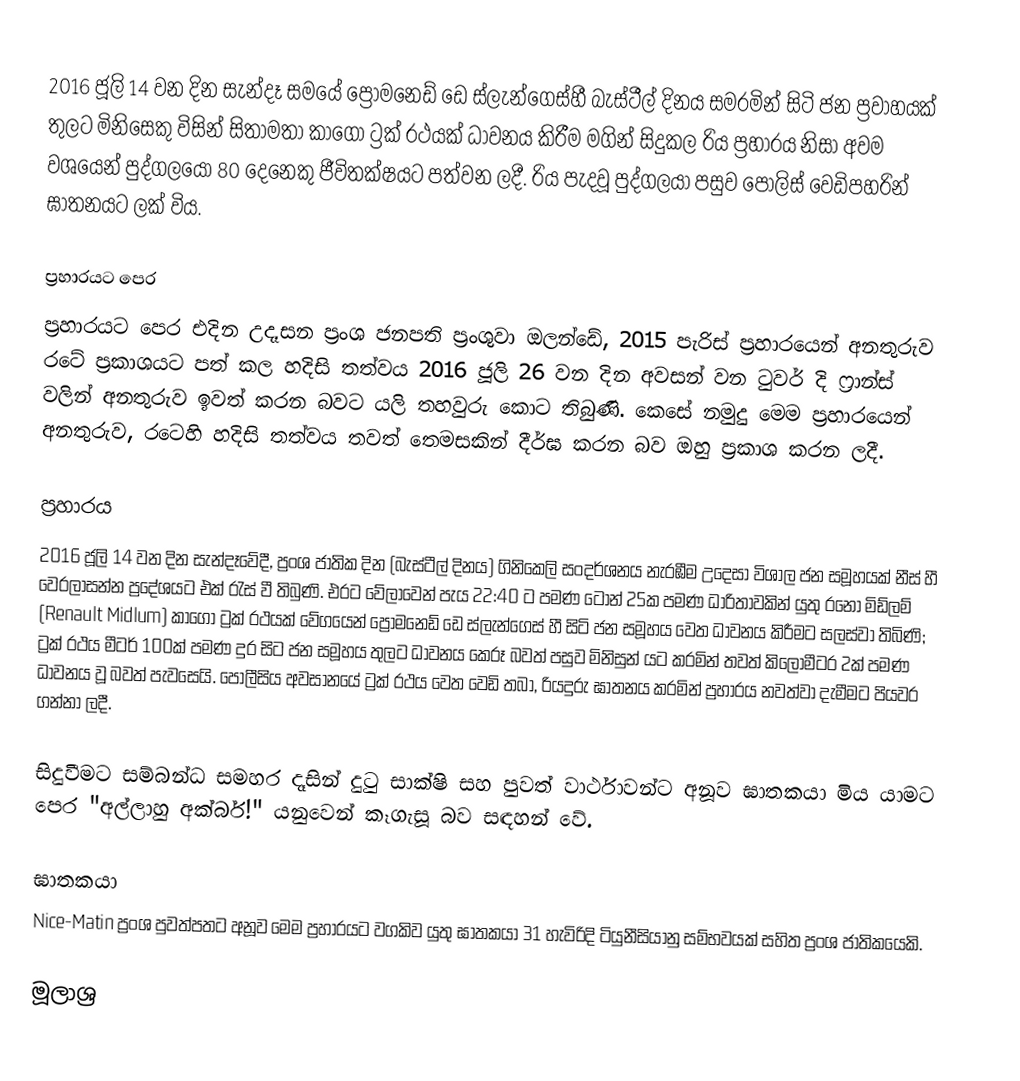
2016 ජූලි 14 වන දින සැන්දෑ සමයේ ප්‍රොමනෙඩ් ඩෙ ස්ලැන්ගෙස්හී බැස්ටීල් දිනය සමරමින් සිටි ජන ප්‍රවාහයක් තුලට මිනිසෙකු විසින් සිතාමතා කාගෝ ට්‍රක් රථයක් ධාවනය කිරීම මගින් සිදුකල රිය ප්‍රහාරය නිසා අවම වශයෙන් පුද්ගලයෝ 80 දෙනෙකු ජීවිතක්ෂයට පත්වන ලදී. රිය පැදවූ පුද්ගලයා පසුව පොලිස් වෙඩිපහරින් ඝාතනයට ලක් විය.

ප්‍රහාරයට පෙර
ප්‍රහාරයට පෙර එදින උදෑසන ප්‍රංශ ජනපති ප්‍රංශුවා ඔලන්ඩේ, 2015 පැරිස් ප්‍රහාරයෙන් අනතුරුව රටේ ප්‍රකාශයට පත් කල හදිසි තත්වය 2016 ජූලි 26 වන දින අවසන් වන ටුවර් දි ෆ්‍රාන්ස් වලින් අනතුරුව ඉවත් කරන බවට යලි තහවුරු කොට තිබුණි. කෙසේ නමුදු මෙම ප්‍රහාරයෙන් අනතුරුව, රටෙහි හදිසි තත්වය තවත් තෙමසකින් දීර්ඝ කරන බව ඔහු ප්‍රකාශ කරන ලදී.

ප්‍රහාරය
2016 ජූලි 14 වන දින සැන්දෑවේදී, ප්‍රංශ ජාතික දින (බැස්ටීල් දිනය) ගිනිකෙලි සංදර්ශනය නැරඹීම උදෙසා විශාල ජන සමූහයක් නීස් හී වෙරලාසන්න ප්‍රදේශයට එක් රැස් වී තිබුණි. එරට වේලාවෙන් පැය 22:40 ට පමණ ටොන් 25ක පමණ ධාරිතාවකින් යුතු රනෝ මිඩ්ලම් (Renault Midlum) කාගෝ ට්‍රක් රථයක් වේගයෙන් ප්‍රොමනෙඩ් ඩෙ ස්ලැන්ගෙස් හී සිටි ජන සමූහය වෙත ධාවනය කිරීමට සලස්වා තිබිණි; ට්‍රක් රථය මීටර් 100ක් පමණ දුර සිට ජන සමූහය තුලට ධාවනය කෙරූ බවත් පසුව මිනිසුන් යට කරමින් තවත් කිලෝමීටර 2ක් පමණ ධාවනය වූ බවත් පැවසෙයි. පොලීසිය අවසානයේ ට්‍රක් රථය වෙත වෙඩි තබා, රියදුරු ඝාතනය කරමින් ප්‍රහාරය නවත්වා දැමීමට පියවර ගන්නා ලදී.

සිදුවීමට සම්බන්ධ සමහර දෑසින් දුටු සාක්ෂි සහ පුවත් වාර්ථාවන්ට අනූව ඝාතකයා මිය යාමට පෙර "අල්ලාහු අක්බර්!" යනුවෙන් කෑගැසූ බව සඳහන් වේ.

ඝාතකයා
Nice-Matin ප්‍රංශ පුවත්පතට අනූව මෙම ප්‍රහාරයට වගකිව යුතු ඝාතකයා 31 හැවිරිදි ටියුනීසියානු සම්භවයක් සහිත ප්‍රංශ ජාතිකයෙකි.

මූලාශ්‍ර